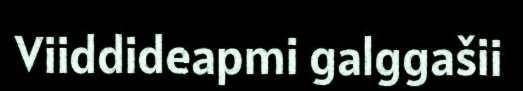
Viiddideapmi galggašii